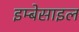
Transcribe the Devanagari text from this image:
इम्बेसाइल